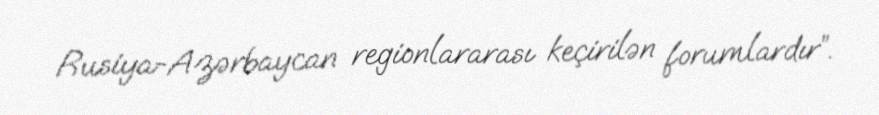
Rusiya-Azərbaycan regionlararası keçirilən forumlardır”.